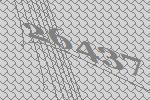
26437